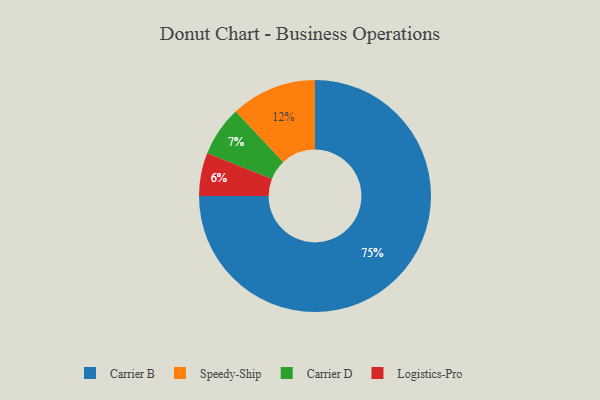
{"axis": {"x": "Category", "y": "Percentage"}, "legend": ["Carrier B", "Carrier D", "Logistics-Pro", "Speedy-Ship"], "data": [{"x": "Logistics-Pro", "y": 6, "type": "Logistics-Pro"}, {"x": "Carrier D", "y": 7, "type": "Carrier D"}, {"x": "Carrier B", "y": 75, "type": "Carrier B"}, {"x": "Speedy-Ship", "y": 12, "type": "Speedy-Ship"}]}